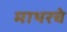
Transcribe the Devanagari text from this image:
माथरचे